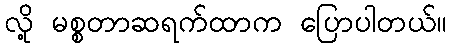
လို့ မစ္စတာဆရက်ထာက ပြောပါတယ်။